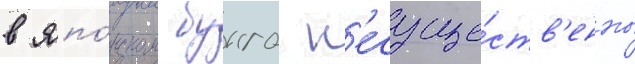
в япо́нском бунго н'есуще́ств'енны